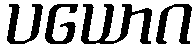
ပယောဂ